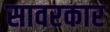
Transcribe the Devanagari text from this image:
सावरकार